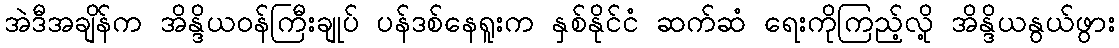
အဲဒီအချိန်က အိန္ဒိယဝန်ကြီးချုပ် ပန်ဒစ်နေရူးက နှစ်နိုင်ငံ ဆက်ဆံ ရေးကိုကြည့်လို့ အိန္ဒိယနွယ်ဖွား